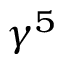
\gamma ^ { 5 }